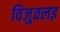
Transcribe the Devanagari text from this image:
विजुवलइ